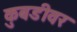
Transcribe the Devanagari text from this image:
कुबडीवर